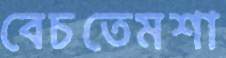
বেচতেমশা